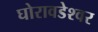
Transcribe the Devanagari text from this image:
घोरावडेश्वर